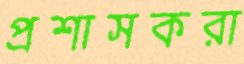
প্রশাসকরা